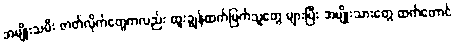
အမျိုးသမီး ဇာတ်လိုက်တွေကလည်း ထူးချွန်ထက်မြက်သူတွေ များပြီး အမျိုးသားတွေ ထက်တောင်